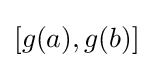
[g(a),g(b)]